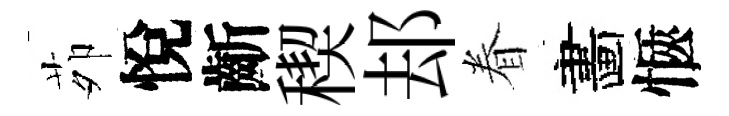
茆悅齗稧𨚫眷畵愜